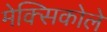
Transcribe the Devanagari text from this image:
मेक्सिकोले